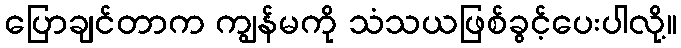
ပြောချင်တာက ကျွန်မကို သံသယဖြစ်ခွင့်ပေးပါလို့။